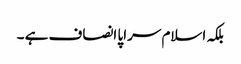
بلکہ اسلام سراپا انصاف ہے ۔